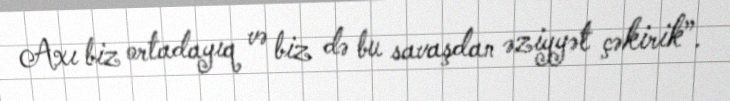
Axı biz ortadayıq və biz də bu savaşdan əziyyət çəkirik”.